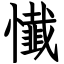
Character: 懴